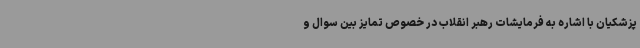
پزشکیان با اشاره به فرمایشات رهبر انقلاب در خصوص تمایز بین سوال و